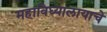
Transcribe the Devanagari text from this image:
महाविध्यालायाचे